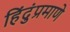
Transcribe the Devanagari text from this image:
हिंदुंप्रमाणे